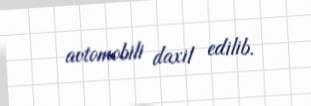
avtomobili daxil edilib.